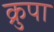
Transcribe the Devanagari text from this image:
क्रुपा